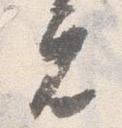
元